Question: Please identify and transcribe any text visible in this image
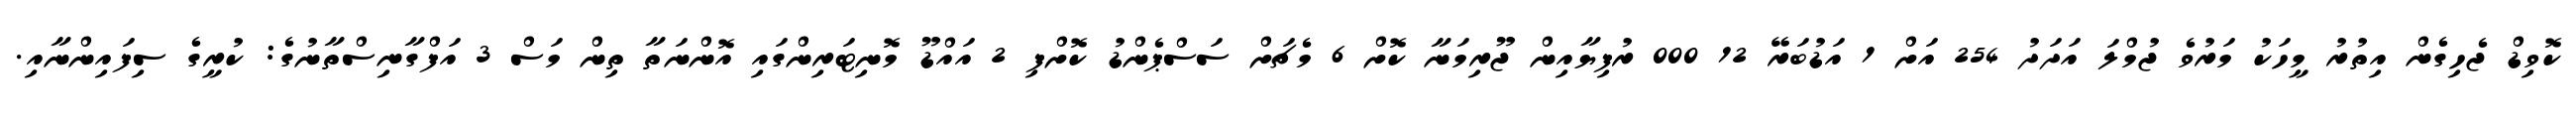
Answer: ކޮވިޑް ޖެހިގެން އިތުރު މީހަކު މަރުވެ ޖުމްލަ އަދަދު 254 އަށް 1 އަޑުބަރޭ 12 000 ރުފިޔާއިން ޖޫރިމަނާ ކޮށް 6 މެޗަށް ސަސްޕެންޑު ކޮށްފި 2 އައްޑޫ މޮނިޓަރިންގައި އޮންނަތާ ތިން މަސް 3 އަފްގާނިސްތާނުގެ: ކުރީގެ ސިފައިންނާއި.